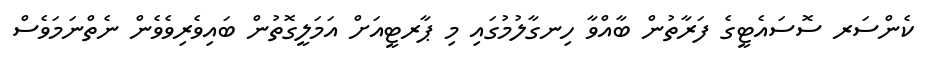
ކެންސަރ ސޮސައެޓީގެ ފަރާތުން ބާއްވާ ހިނގާލުމުގައި މި ޕާރޓީއަށް އަމަލީގޮތުން ބައިވެރިވެވެން ނެތްނަމަވެސް